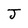
Character: J